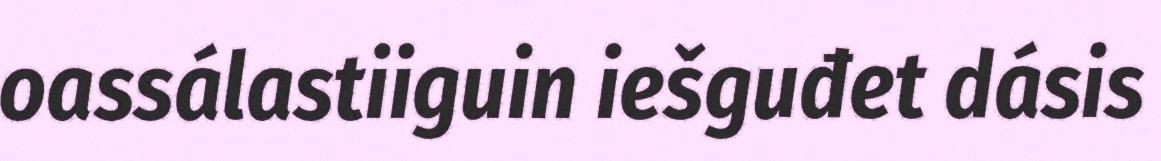
oassálastiiguin iešguđet dásis